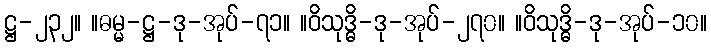
ဋ္ဌ-၂၃၂။ ။ဓမ္မ-ဋ္ဌ-ဒု-အုပ်-၇၁။ ။ဝိသုဒ္ဓိ-ဒု-အုပ်-၂၇၀။ ။ဝိသုဒ္ဓိ-ဒု-အုပ်-၁၀။